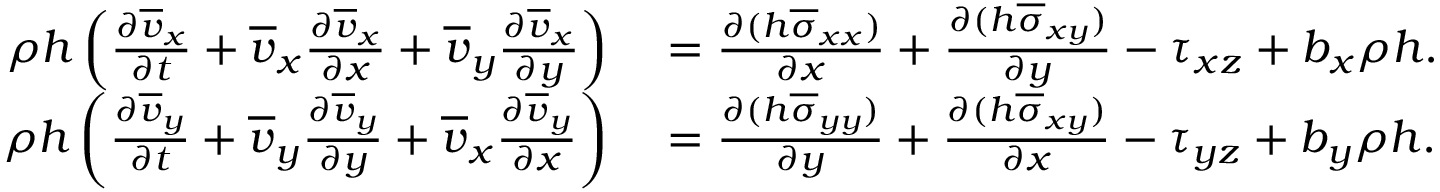
\begin{array} { r l } { \rho h \left( \frac { \partial \overline { { v } } _ { x } } { \partial t } + \overline { { v } } _ { x } \frac { \partial \overline { { v } } _ { x } } { \partial x } + \overline { { v } } _ { y } \frac { \partial \overline { { v } } _ { x } } { \partial y } \right) } & { { } = \frac { \partial ( h \overline { { \sigma } } _ { x x } ) } { \partial x } + \frac { \partial ( h \overline { { \sigma } } _ { x y } ) } { \partial y } - \tau _ { x z } + b _ { x } \rho h . } \\ { \rho h \left( \frac { \partial \overline { { v } } _ { y } } { \partial t } + \overline { { v } } _ { y } \frac { \partial \overline { { v } } _ { y } } { \partial y } + \overline { { v } } _ { x } \frac { \partial \overline { { v } } _ { y } } { \partial x } \right) } & { { } = \frac { \partial ( h \overline { { \sigma } } _ { y y } ) } { \partial y } + \frac { \partial ( h \overline { { \sigma } } _ { x y } ) } { \partial x } - \tau _ { y z } + b _ { y } \rho h . } \end{array}